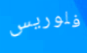
فلوريس